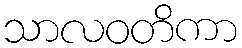
သာလဝတိကာ